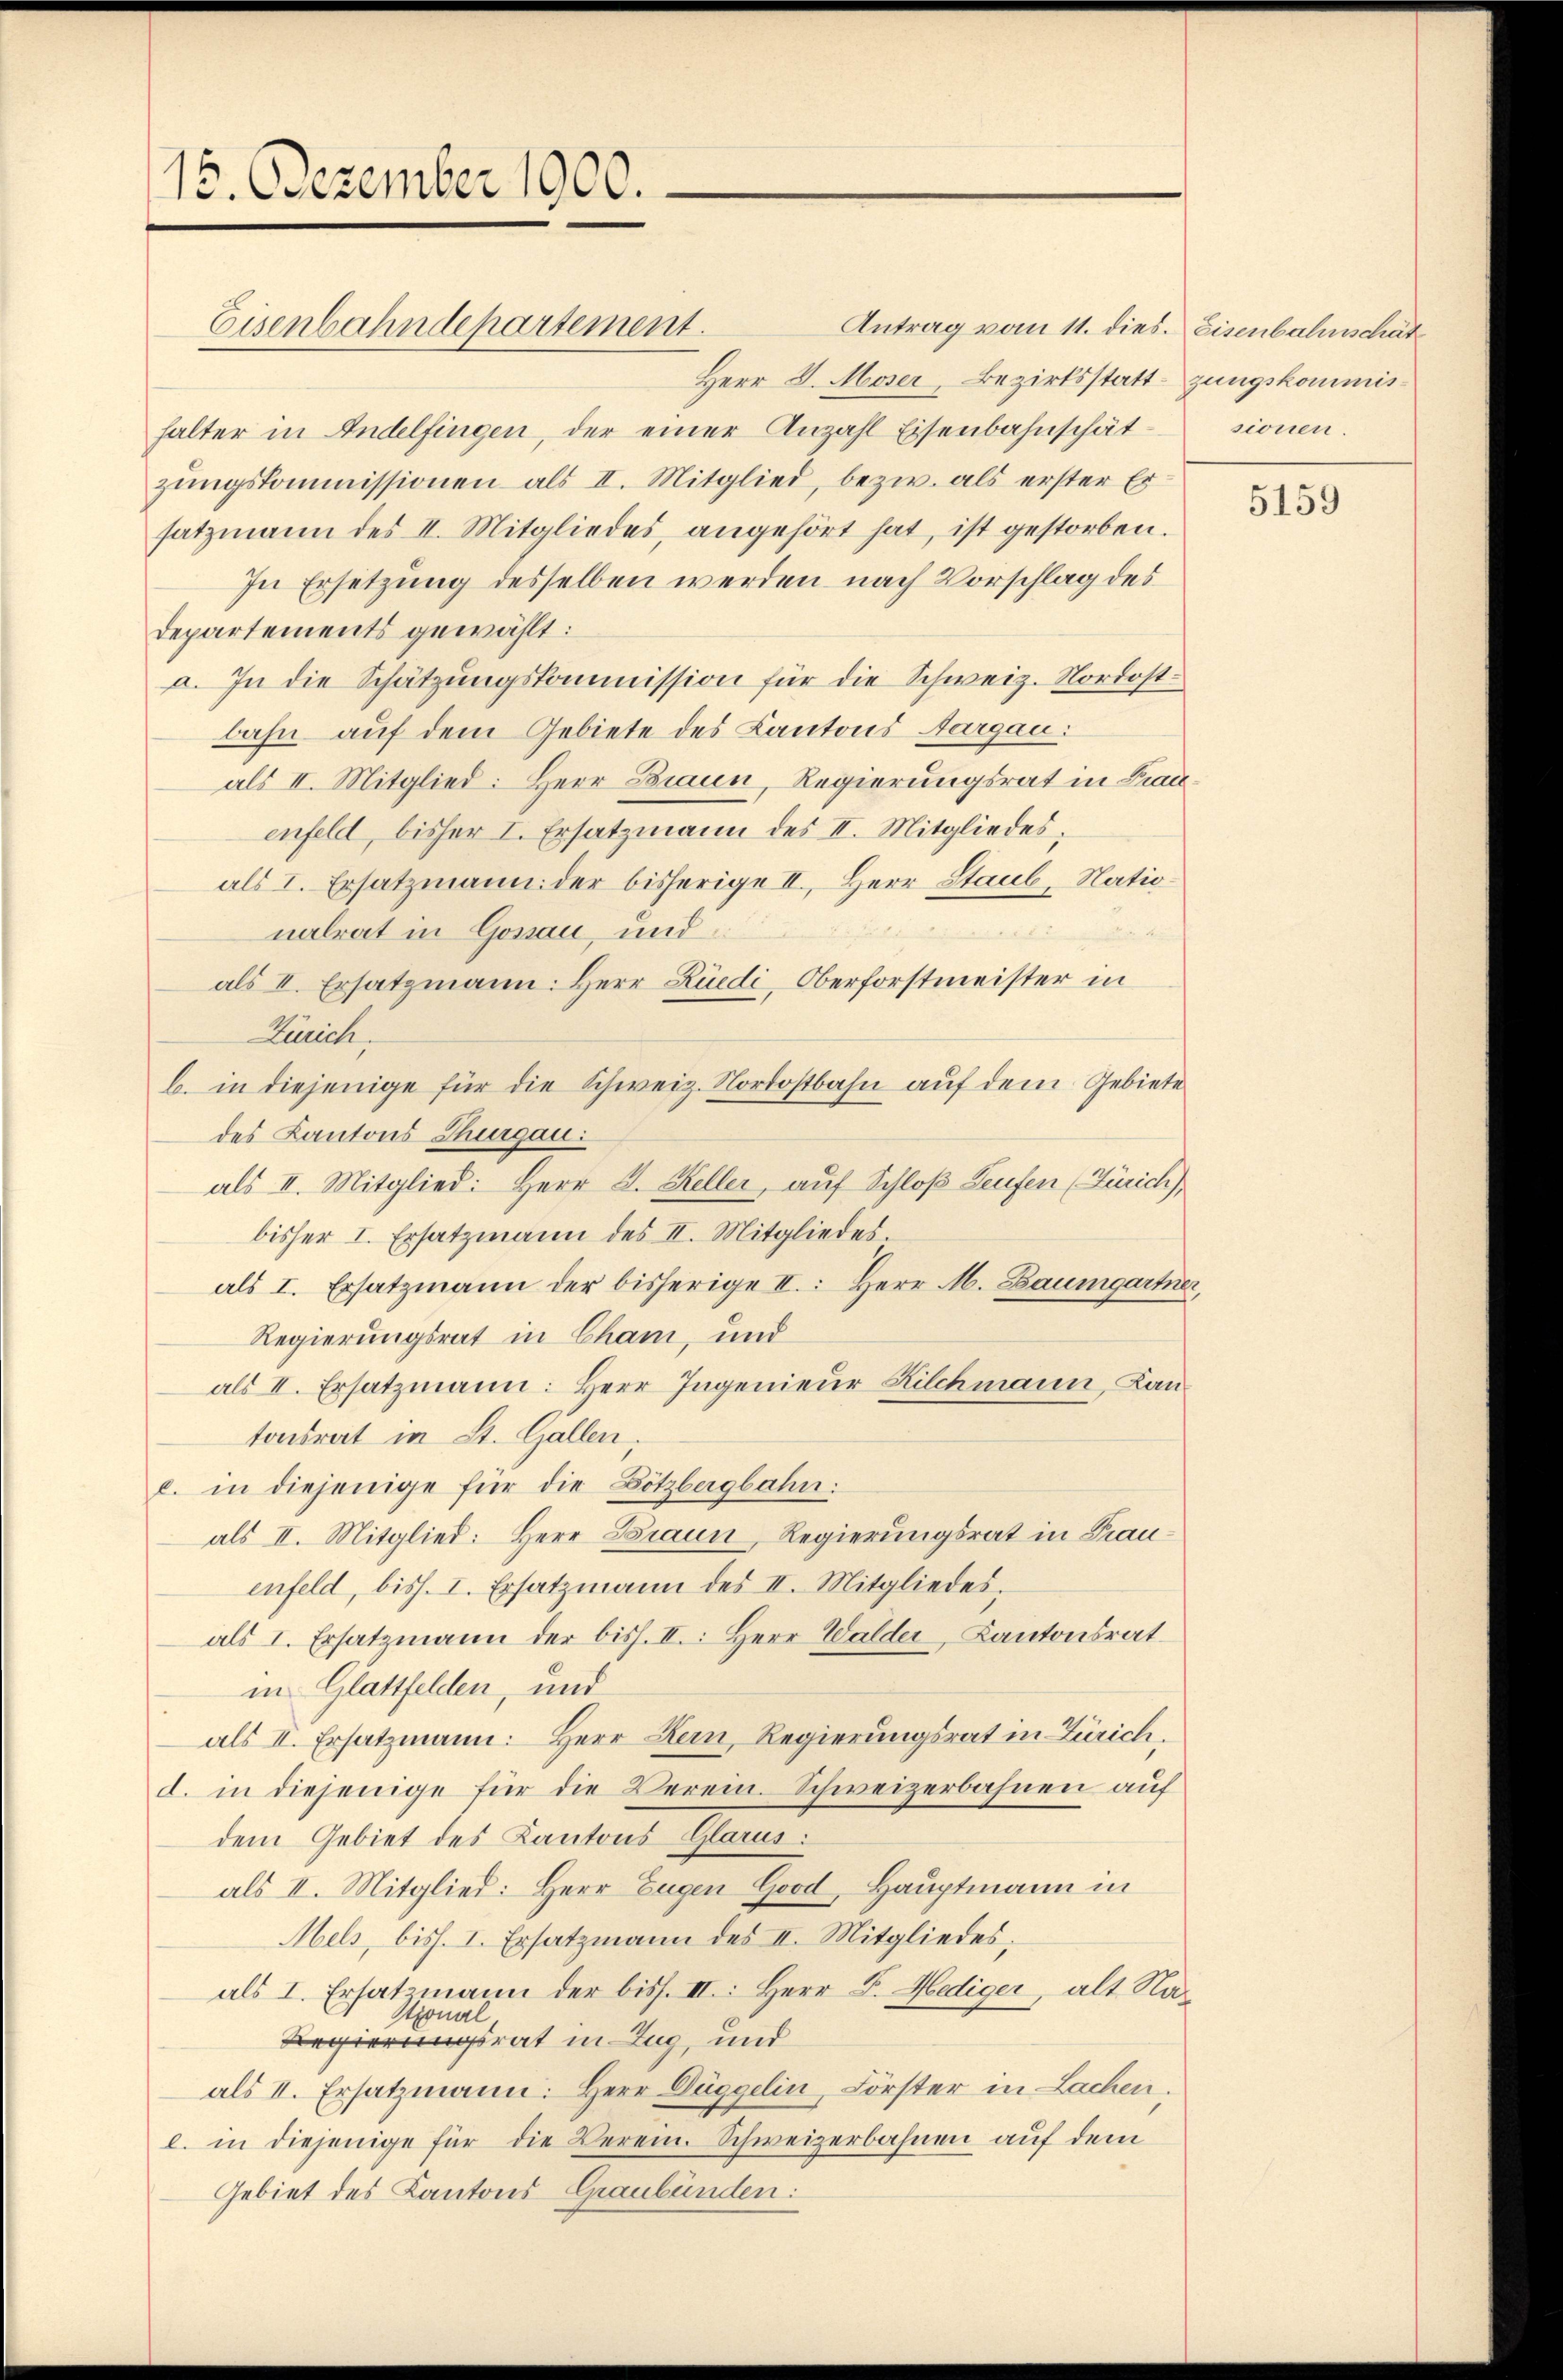
15. Dezember 1900.

Herr V. Moser, Bezirksstatthalter in Andelfingen, der einer Anzahl Eisenbahnschätzŭngskommissionen als II. Mitglied, bezw. als erster Er
satzmann des II. Mitgliedes angehört hat, ist gestorben.
In Ersetzung desselben werden nach Vorschlag des
Departements gewählt:
a. In die Schätzŭngskommission für die Schweiz. Nordostbahn auf dem Gebiete des Kantons Aargau:
als II. Mitglied: Herr Braun, Regierungsrat in Frau
enfeld, bisher I. Ersatzmann des II. Mitgliedes,
als I. Ersatzmann der bisherige II., Herr Staub, Nationalrat in Gonau, und
dii d. d. d. d |
als II. Ersatzmann: Herr Züedi, Oberforstmeister in
Zürich.
b. in diejenige für die Schweiz. Nordostbahn auf dem Gebiete
des Kantons Thurgau:
als II. Mitglied: Herr J. Keller, auf Schloß Leufen (Zürich,
bisher I. Ersatzmann des II. Mitgliedes.
als I. Ersatzmann der bisherige II. Herr M. Baumgartn
Regierungsrat in Cham, und
als II. Ersatzmann: Herr Ingenieur Kilchmann, Kan
tonsrat in St. Gallen.
c. in diejenige für die Bötzbergbahn:
als II. Mitglied: Herr Braun, Regierungsrat in Frauenfeld, biss. I. Ersatzmann des II. Mitgliedes,
als I. Ersatzmann der biss. II. Herr Walder, Kantonsrat
in Glattfelden, und
als II. Ersatzmann: Herr Hein, Regierungsrat in Zürich,
d. in diejenige für die Verein-Schweizerbahnen auf
dem Gebiet des Kantons Glarus:
als II. Mitglied: Herr Eugen Good, Hauptmann in
Mels, biss. I. Ersatzmann des II. Mitgliedes.
als I. Ersatzmann der biss. III: Herr F. Hediger, alt Na¬
Stional
Regierungsrat in Zug, und
als II. Ersatzmann: Herr Düggelin, Förster in Lachen.
l. in diejenige für die Verein. Schweizerbahnen auf dem
Gebiet des Kantons Graubünden:

Eisenbahndepartement.

Antrag vom 11. dies. Eisenbahnschät

zungskommissionen.

5159